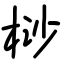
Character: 桫